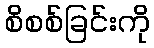
စိစစ်ခြင်းကို